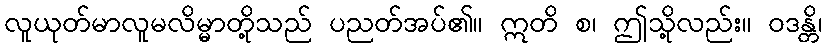
လူယုတ်မာလူမလိမ္မာတို့သည် ပညတ်အပ်၏။ ဣတိ စ၊ ဤသို့လည်း။ ဝဒန္တိ၊